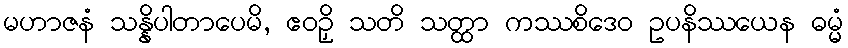
မဟာဇနံ သန္နိပါတာပေမိ, ဧဝဉှိ သတိ သတ္ထာ ကဿစိဒေဝ ဥပနိဿယေန ဓမ္မံ